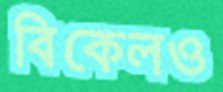
বিকেলও